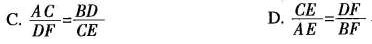
C. $$\frac{ A C } { D F } = \frac{ B D } { C E }$$ D. $$\frac{ C E } { A E } = \frac{ D F } { B F }.$$